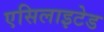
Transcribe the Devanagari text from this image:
एसिलाइटेड